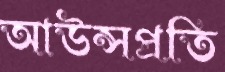
আউন্সপ্রতি